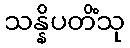
သန္နိပတိံသု